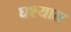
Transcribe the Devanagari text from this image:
घश्यात